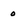
Character: 0